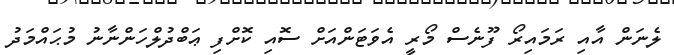
ލެނަން އާއި ރަމައިރޯ ފޫނެސް މޯރީ އެވަޓަންއަށް ސޮއި ކޮށްފި ޢަބްދުލްހަންނާނު މުޙައްމަދު